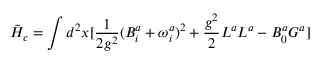
\tilde { H } _ { c } = \int d ^ { 2 } x [ \frac { 1 } { 2 g ^ { 2 } } ( B _ { i } ^ { a } + \omega _ { i } ^ { a } ) ^ { 2 } + \frac { g ^ { 2 } } { 2 } L ^ { a } L ^ { a } - B _ { 0 } ^ { a } G ^ { a } ]